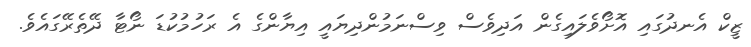
ޒީކް އެނދުގައި އޮށޯވެލައިގެން އަދިވެސް ވިސްނަމުންދިޔައީ އިޔާންގެ އެ ރަހުމުކުޑަ ނޯޓާ ދޭތެރޭގައެވެ.